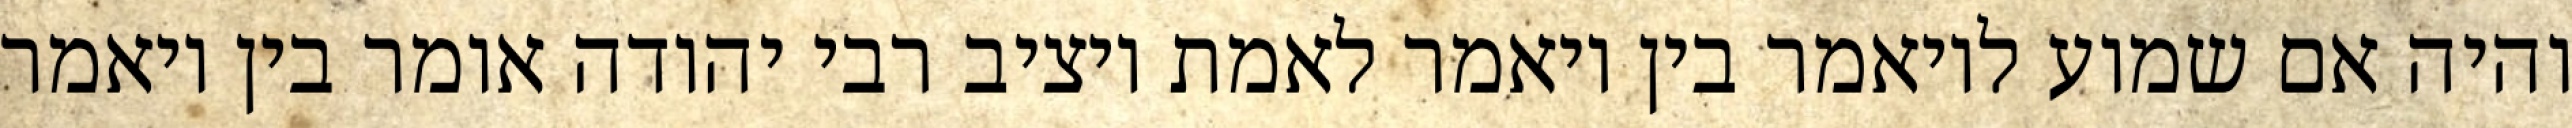
והיה אם שמוע לויאמר בין ויאמר לאמת ויציב רבי יהודה אומר בין ויאמר